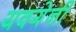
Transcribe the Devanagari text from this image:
यवगेनी